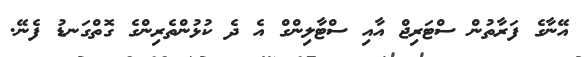
އޭނާގެ ފަރާތުން ސްޓަރިޖް އާއި ސްޓާލިންގް އެ ދެ ކުޅުންތެރިންގެ ގޮތްގަނޑު ފެނޭ.